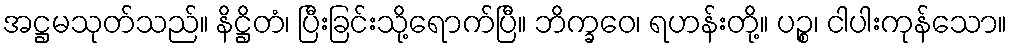
အဋ္ဌမသုတ်သည်။ နိဋ္ဌိတံ၊ ပြီးခြင်းသို့ရောက်ပြီ။ ဘိက္ခဝေ၊ ရဟန်းတို့။ ပဉ္စ၊ ငါပါးကုန်သော။